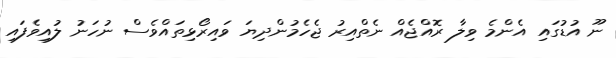
ނޫ އުޑުގައި އެންމެ ވިލާ ރޮއްޖެއް ނެތްއިރު ޖެހެމުންދިޔަ ވައިރޯޅިތައްވެސް ނުހަނު ލުއިވެފައި